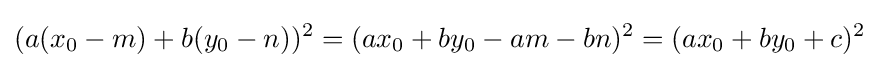
(a(x_{0}-m)+b(y_{0}-n))^{2}=(ax_{0}+by_{0}-am-bn)^{2}=(ax_{0}+by_{0}+c)^{2}